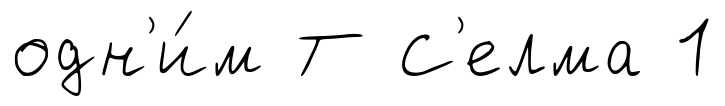
одн'и́м Т С'елма 1